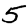
Digit: 5